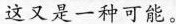
这又是一种可能。